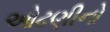
ઓઢણીનો